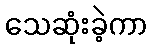
သေဆုံးခဲ့ကာ